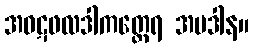
အဝဋဖလဒါကတ္ထေရ အပဒါန။